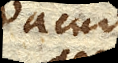
vacuo